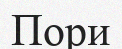
Пори